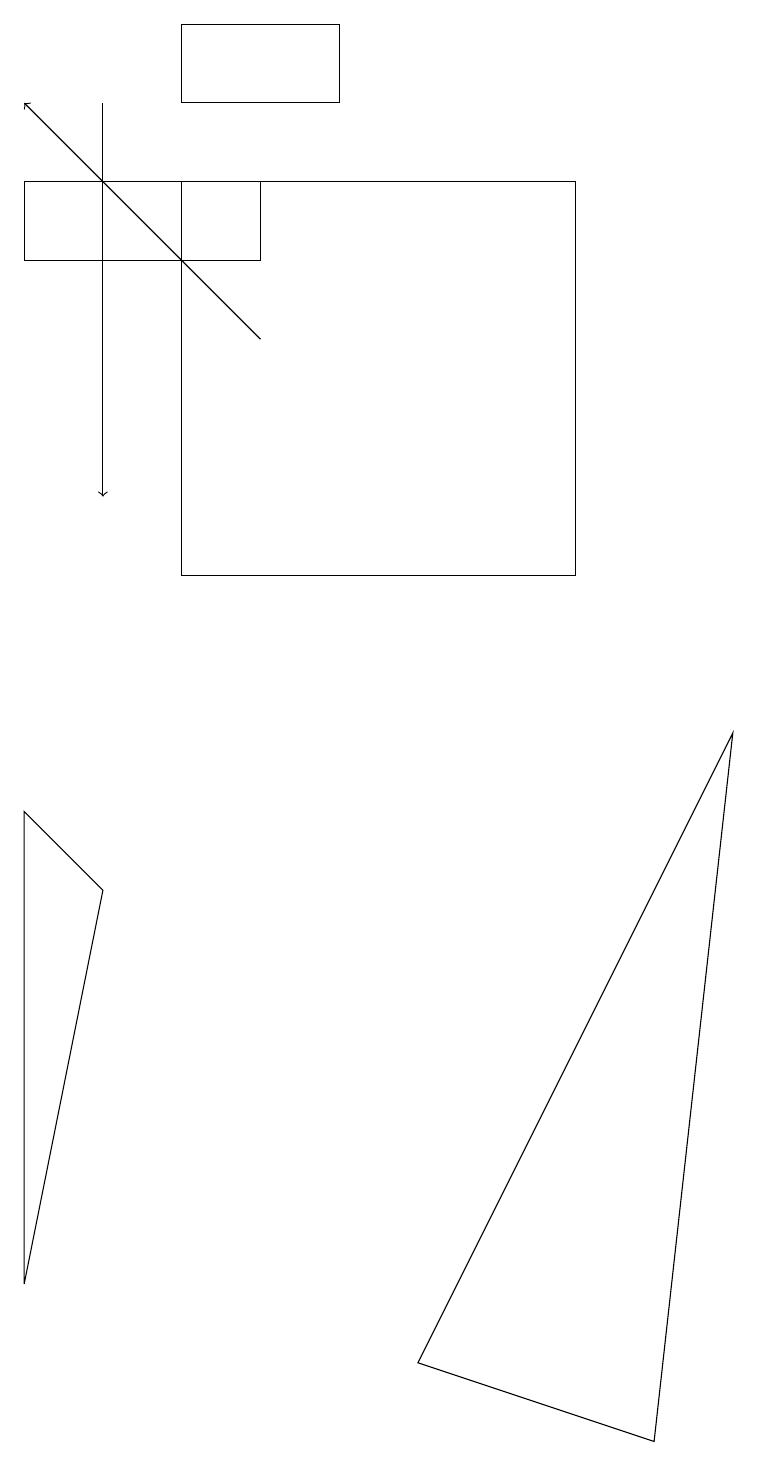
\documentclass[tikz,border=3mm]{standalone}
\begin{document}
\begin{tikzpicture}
\draw (2,11) rectangle (7,16);
\draw (1,7) -- (0,2) -- (0,8) -- cycle;
\draw[->] (3,14) -- (0,17);
\draw[->] (1,17) -- (1,12);
\draw (2,17) rectangle (4,18);
\draw (0,15) rectangle (3,16);
\draw (9,9) -- (5,1) -- (8,0) -- cycle;
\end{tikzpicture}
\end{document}